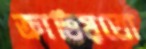
ক্রাভিয়তো